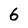
Character: 6